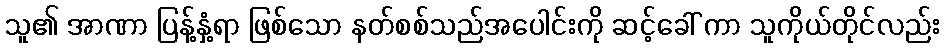
သူ၏ အာဏာ ပြန့်နှံ့ရာ ဖြစ်သော နတ်စစ်သည်အပေါင်းကို ဆင့်ခေါ် ကာ သူကိုယ်တိုင်လည်း